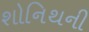
શોનિથની